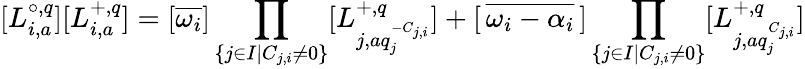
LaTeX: [L_{i,a}^{\circ,q}][L_{i,a}^{+,q}]=[\overline{{\omega_{i}}}]\prod_{\{ j\in I|C_{j,i}\neq 0\} }[L_{j,aq_{j}^{-C_{j,i}}}^{+,q}]+[\, \overline{{\omega_{i}-\alpha_{i}}}\, ]\prod_{\{ j\in I|C_{j,i}\neq 0\} }[L_{j,aq_{j}^{C_{j,i}}}^{+,q}]